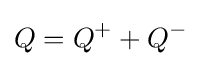
Q=Q^{+}+Q^{-}